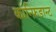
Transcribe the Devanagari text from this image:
कॉन्फ़िडान्ट